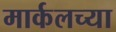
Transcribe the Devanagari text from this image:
मार्कलच्या